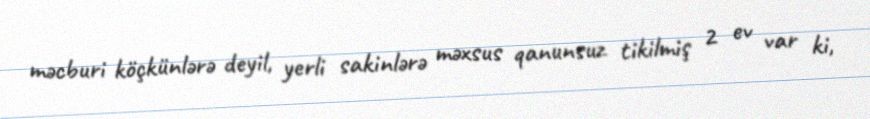
məcburi köçkünlərə deyil, yerli sakinlərə məxsus qanunsuz tikilmiş 2 ev var ki,